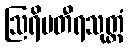
ဩရိမတီရသုတ္တံ